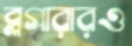
ব্লগারারও